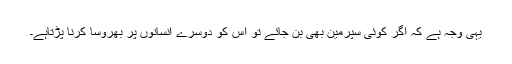
یہی وجہ ہے کہ اگر کوئی سپرمین بھی بن جائے تو اس کو دوسرے انسانوں پر بھروسا کرنا پڑتاہے۔